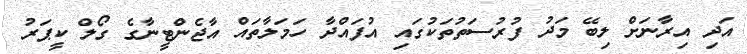
އަދި އިރާނަށް ލިބޭ މަދު ފުރުސަތުތަކުގައި އުފައްދާ ހަމަލާތައް އާޖެންޓީނާގެ ގޯލް ކީޕަރު